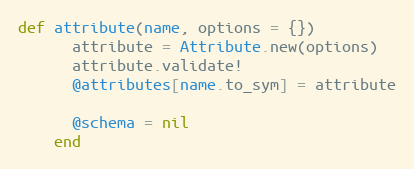
Language: Ruby
def attribute(name, options = {})
      attribute = Attribute.new(options)
      attribute.validate!
      @attributes[name.to_sym] = attribute

      @schema = nil
    end